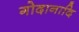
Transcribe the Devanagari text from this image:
गोदानादि